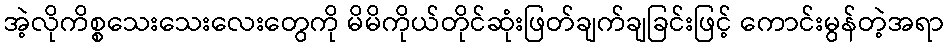
အဲ့လိုကိစ္စသေးသေးလေးတွေကို မိမိကိုယ်တိုင်ဆုံးဖြတ်ချက်ချခြင်းဖြင့် ကောင်းမွန်တဲ့အရာ